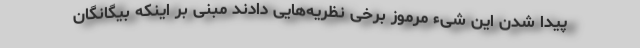
پیدا شدنِ این شیء مرموز برخی نظریه‌هایی دادند مبنی بر اینکه بیگانگان